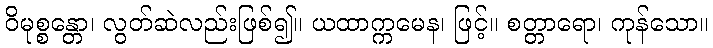
ဝိမုစ္စန္တော၊ လွတ်ဆဲလည်းဖြစ်၍။ ယထာက္ကမေန၊ ဖြင့်။ စတ္တာရော၊ ကုန်သော။